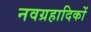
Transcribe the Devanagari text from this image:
नवग्रहादिकों